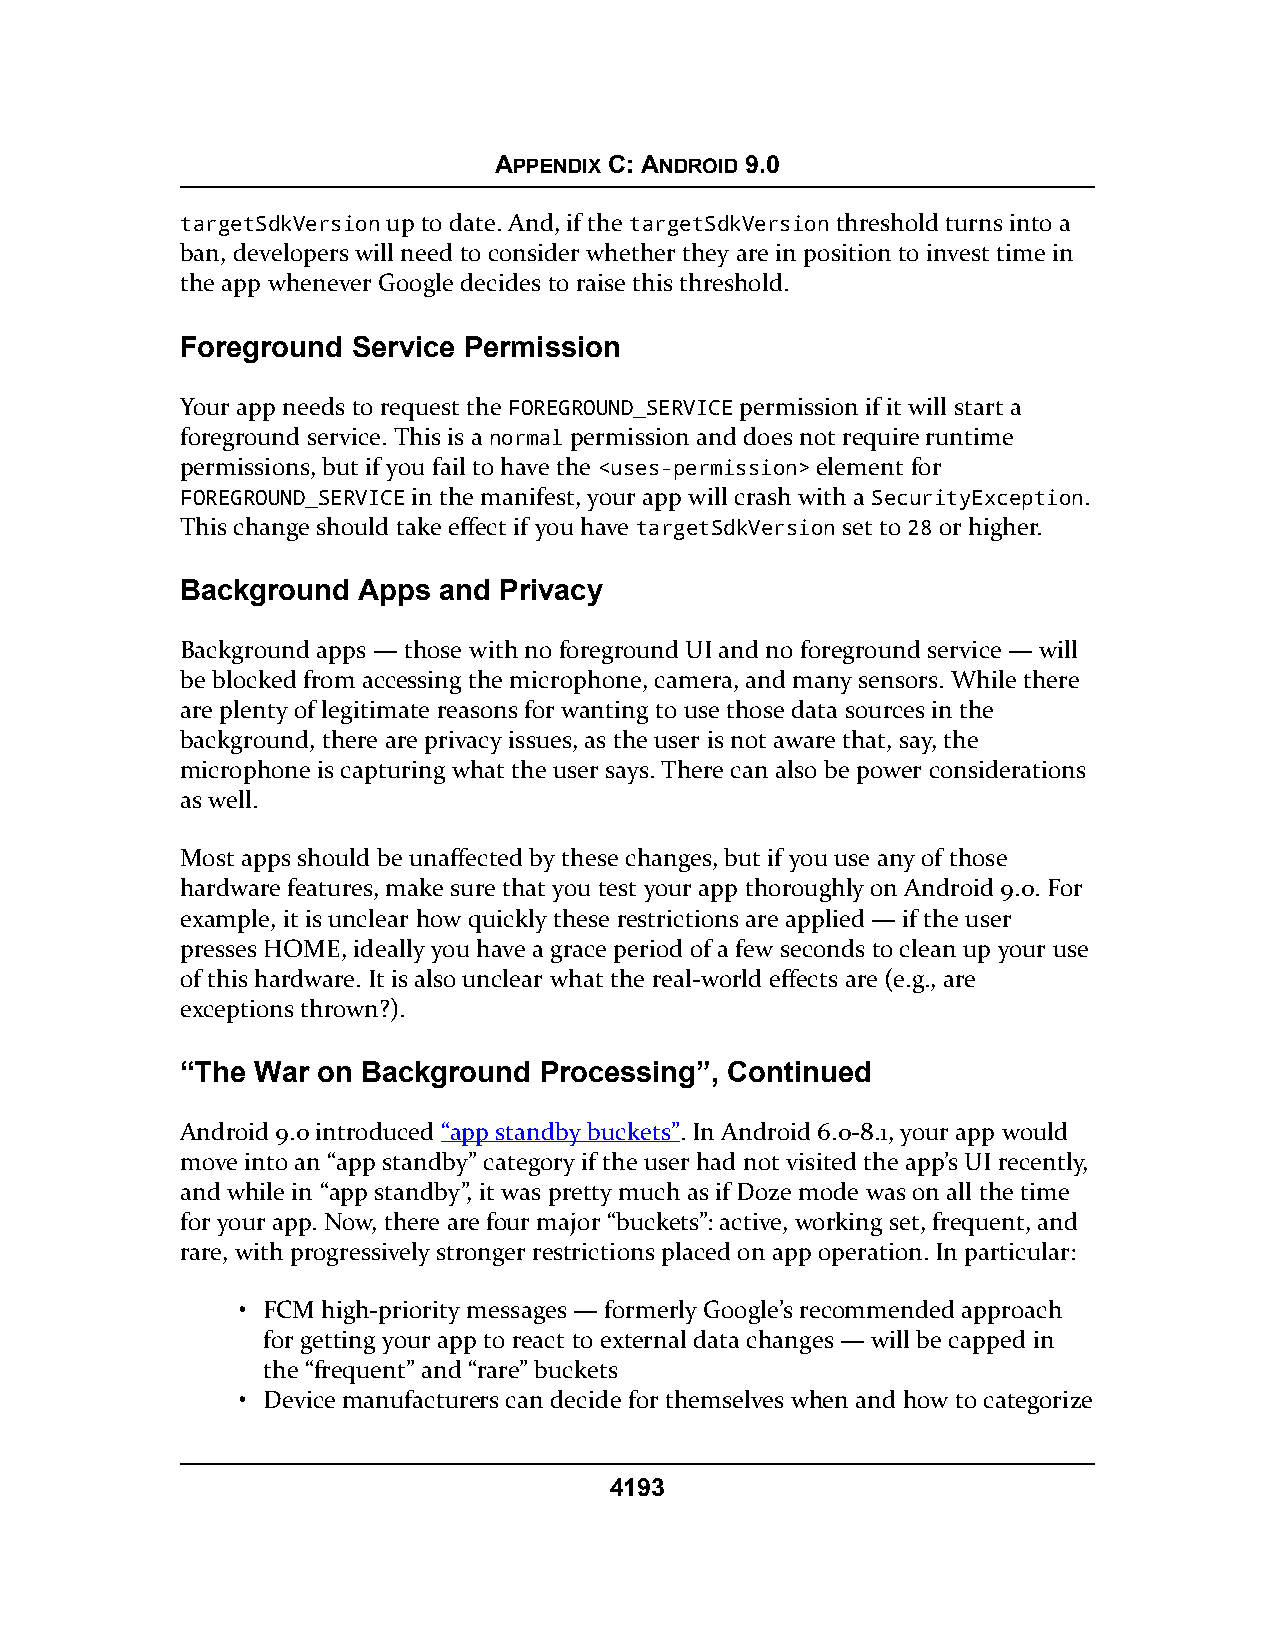
APPENDIX C: ANDROID 9.0
 targetSdkVersion up to date. And, if the targetSdkVersion threshold turns into a
 ban, developers will need to consider whether they are in position to invest time in
 the app whenever Google decides to raise this threshold.
 Foreground Service Permission
 Your app needs to request the FOREGROUND_SERVICE permission if it will start a
 foreground service. This is a normal permission and does not require runtime
 permissions, but if you fail to have the <uses-permission> element for
 FOREGROUND_SERVICE in the manifest, your app will crash with a SecurityException.
 This change should take effect if you have targetSdkVersion set to 28 or higher.
 Background  Apps and Privacy
 Background apps — those with no foreground UI and no foreground service — will
 be blocked from accessing the microphone, camera, and many sensors. While there
 are plenty of legitimate reasons for wanting to use those data sources in the
 background, there are privacy issues, as the user is not aware that, say, the
 microphone is capturing what the user says. There can also be power considerations
 as well.
 Most apps should be unaffected by these changes, but if you use any of those
 hardware features, make sure that you test your app thoroughly on Android 9.0. For
 example, it is unclear how quickly these restrictions are applied — if the user
 presses HOME, ideally you have a grace period of a few seconds to clean up your use
 of this hardware. It is also unclear what the real-world effects are (e.g., are
 exceptions thrown?).
 “The War on Background  Processing”, Continued
 Android 9.0 introduced “app standby buckets”. In Android 6.0-8.1, your app would
 move into an “app standby” category if the user had not visited the app’s UI recently,
 and while in “app standby”, it was pretty much as if Doze mode was on all the time
 for your app. Now, there are four major “buckets”: active, working set, frequent, and
 rare, with progressively stronger restrictions placed on app operation. In particular:
 • FCM high-priority messages — formerly Google’s recommended approach
 for getting your app to react to external data changes — will be capped in
 the “frequent” and “rare” buckets
 • Device manufacturers can decide for themselves when and how to categorize
 4193